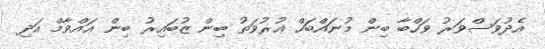
އެދުވަސްވަރު ވަހްބާ ބިން މުނައްބަހް ޢުރުވަތު ބިން ޒުބައިރު ބިން ޢައްވާމް އަދި